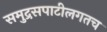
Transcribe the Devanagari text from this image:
समुद्रसपाटीलगतच